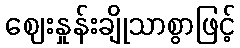
ဈေးနှုန်းချိုသာစွာဖြင့်